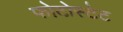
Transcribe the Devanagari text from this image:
फोटोस्टेट